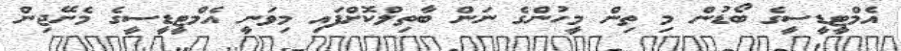
އެމްޓީޑީސީގެ ބޯޑުން މި ތިން މީހުންގެ ނަން ބާތިލްކޮށްފައި މިވަނީ އެމްޓީޑީސީގެ މެނޭޖިން